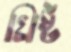
খ্রিষ্ট